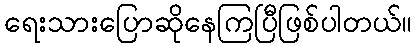
ရေးသားပြောဆိုနေကြပြီဖြစ်ပါတယ်။